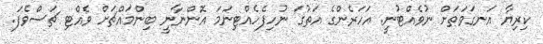
ކިރިޔާ އަނގަވަތަށް ނުވެއްޓުނީ. އަހަރެންގެ އަތުގަ ނުހިފެހެއްޓިނަމަ އޮންނާނީ ބިންމައްޗަށް ވެއްޓި ޗަސްވެފަ.